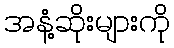
အနံ့ဆိုးများကို